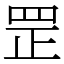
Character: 罡